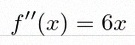
f''(x)=6x